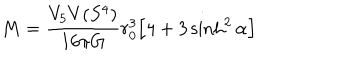
M = \frac { V _ { 5 } V ( S ^ { 4 } ) } { 1 6 \pi G } r _ { 0 } ^ { 3 } \Big [ 4 + 3 \sinh ^ { 2 } \alpha \Big ]